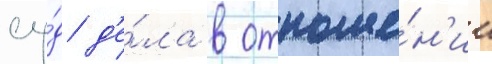
су́д д'е́ла в отноше́н'ии